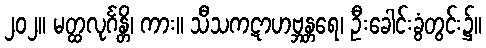
၂၀၂။ မတ္ထလုင်္ဂန္တိ၊ ကား။ သီသကဋာဟဗ္ဘန္တရေ၊ ဦးခေါင်းခွံတွင်း၌။